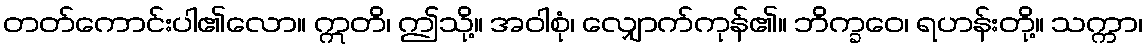
တတ်ကောင်းပါ၏လော။ ဣတိ၊ ဤသို့။ အဝါစုံ၊ လျှောက်ကုန်၏။ ဘိက္ခဝေ၊ ရဟန်းတို့။ သက္ကာ၊